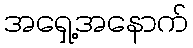
အရှေ့အနောက်